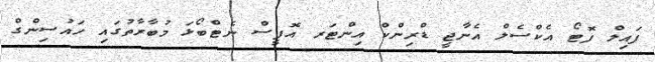
ފައިލް ފޮޓޯ އެކްސެލް އެނާޖީ ޑްރިންކް އިންޓަރ އޮފީސް ނެޓްބޯޅަ މުބާރާތުގައި ހައުސިންގް